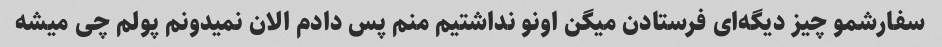
سفارشمو چیز دیگه‌ای فرستادن میگن اونو نداشتیم منم پس دادم الان نمیدونم پولم چی میشه